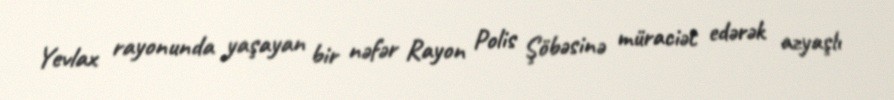
Yevlax rayonunda yaşayan bir nəfər Rayon Polis Şöbəsinə müraciət edərək azyaşlı